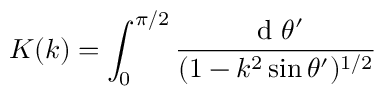
K ( k ) = \int _ { 0 } ^ { \pi / 2 } \frac { \mathrm { ~ d ~ } \theta ^ { \prime } } { ( 1 - k ^ { 2 } \sin \theta ^ { \prime } ) ^ { 1 / 2 } }